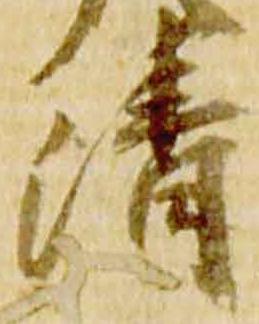
清